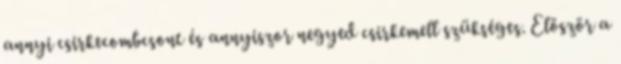
annyi csirkecombcsont és annyiszor negyed csirkemell szükséges. Először a